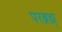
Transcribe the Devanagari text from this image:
परब्रह्म्